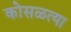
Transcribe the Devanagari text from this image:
कोसळत्या